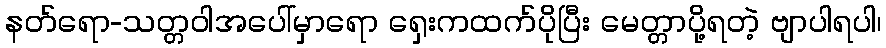
နတ်ရော-သတ္တဝါအပေါ်မှာရော ရှေးကထက်ပိုပြီး မေတ္တာပို့ရတဲ့ ဗျာပါရပါ၊